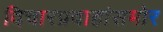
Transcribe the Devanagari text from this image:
विचारप्रवाहांसमोर